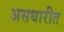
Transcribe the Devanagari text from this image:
असधारीत